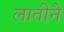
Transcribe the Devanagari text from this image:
लातीनै